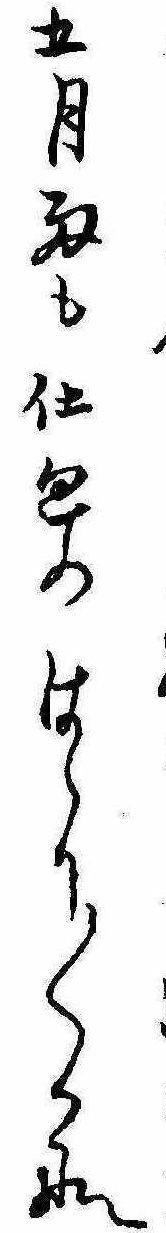
五月雨も仕廻のはらり〱かな